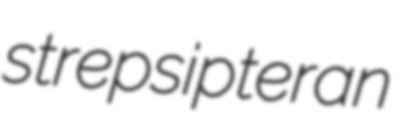
strepsipteran